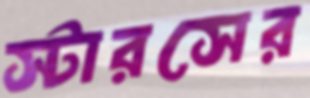
স্টারসের